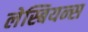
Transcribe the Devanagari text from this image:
लेस्बियन्स